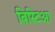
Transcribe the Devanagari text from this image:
बिस्टिआ